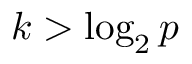
k > \log _ { 2 } p